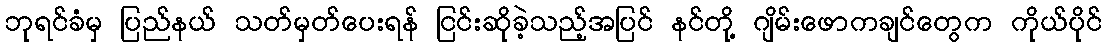
ဘုရင်ခံမှ ပြည်နယ် သတ်မှတ်ပေးရန် ငြင်းဆိုခဲ့သည့်အပြင် နင်တို့ ဂျိမ်းဖောကချင်တွေက ကိုယ်ပိုင်